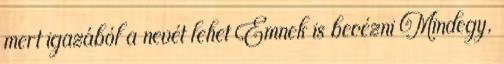
mert igazából a nevét lehet Emnek is becézni Mindegy,